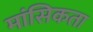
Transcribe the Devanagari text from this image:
मांसिकता